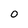
Character: 0